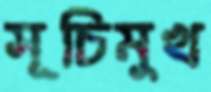
সূচিমুখ